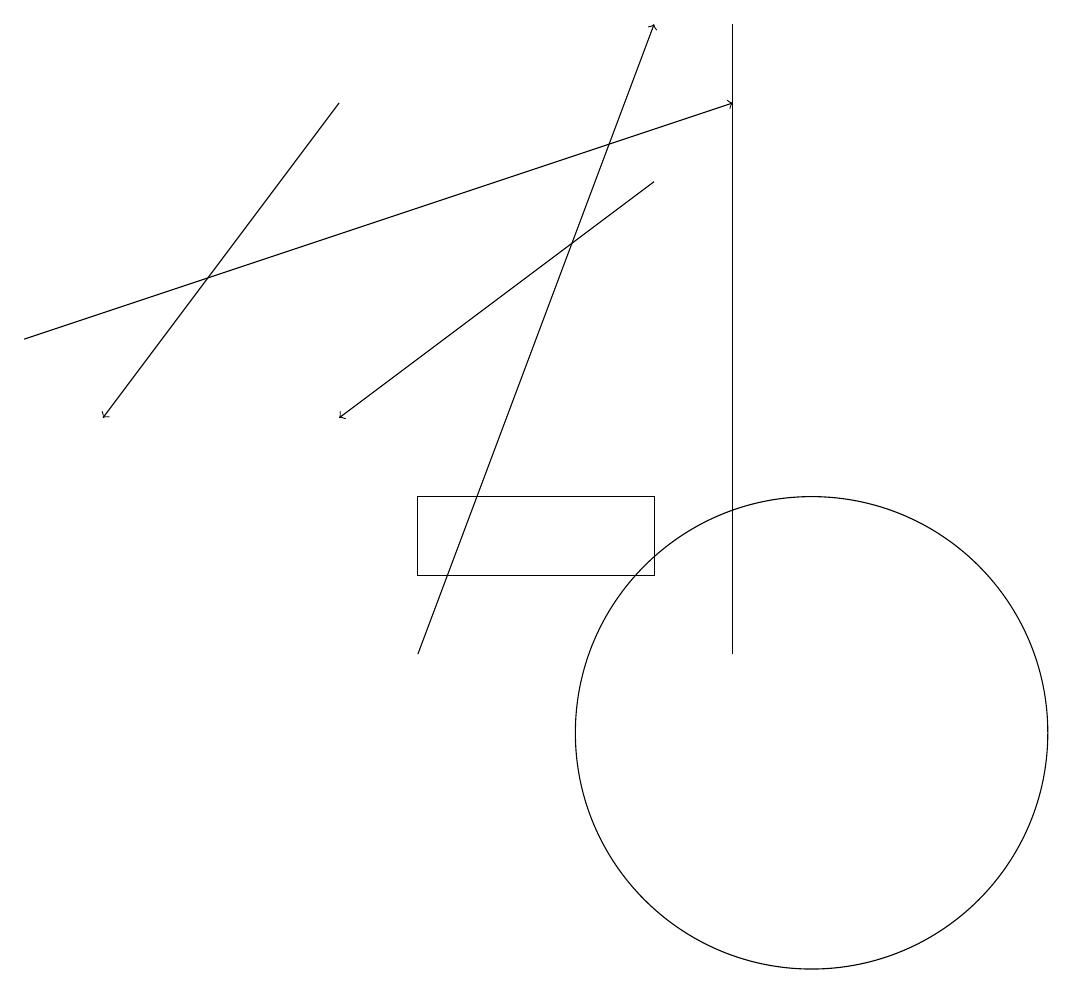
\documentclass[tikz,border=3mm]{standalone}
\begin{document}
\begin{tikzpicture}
\draw (8,12) rectangle (5,13);
\draw[->] (5,11) -- (8,19);
\draw[->] (4,18) -- (1,14);
\draw[->] (8,17) -- (4,14);
\draw (9,11) rectangle (9,19);
\draw (10,10) circle (3);
\draw[->] (0,15) -- (9,18);
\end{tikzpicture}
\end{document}